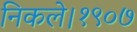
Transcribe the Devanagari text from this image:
निकले।१९०७